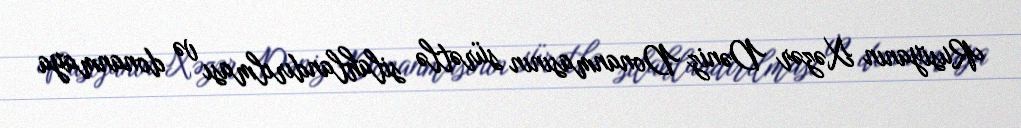
Rusiyanın Xəzər Dəniz Donanmasının sürətlə silahlandırılması və donanmaya